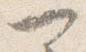
可